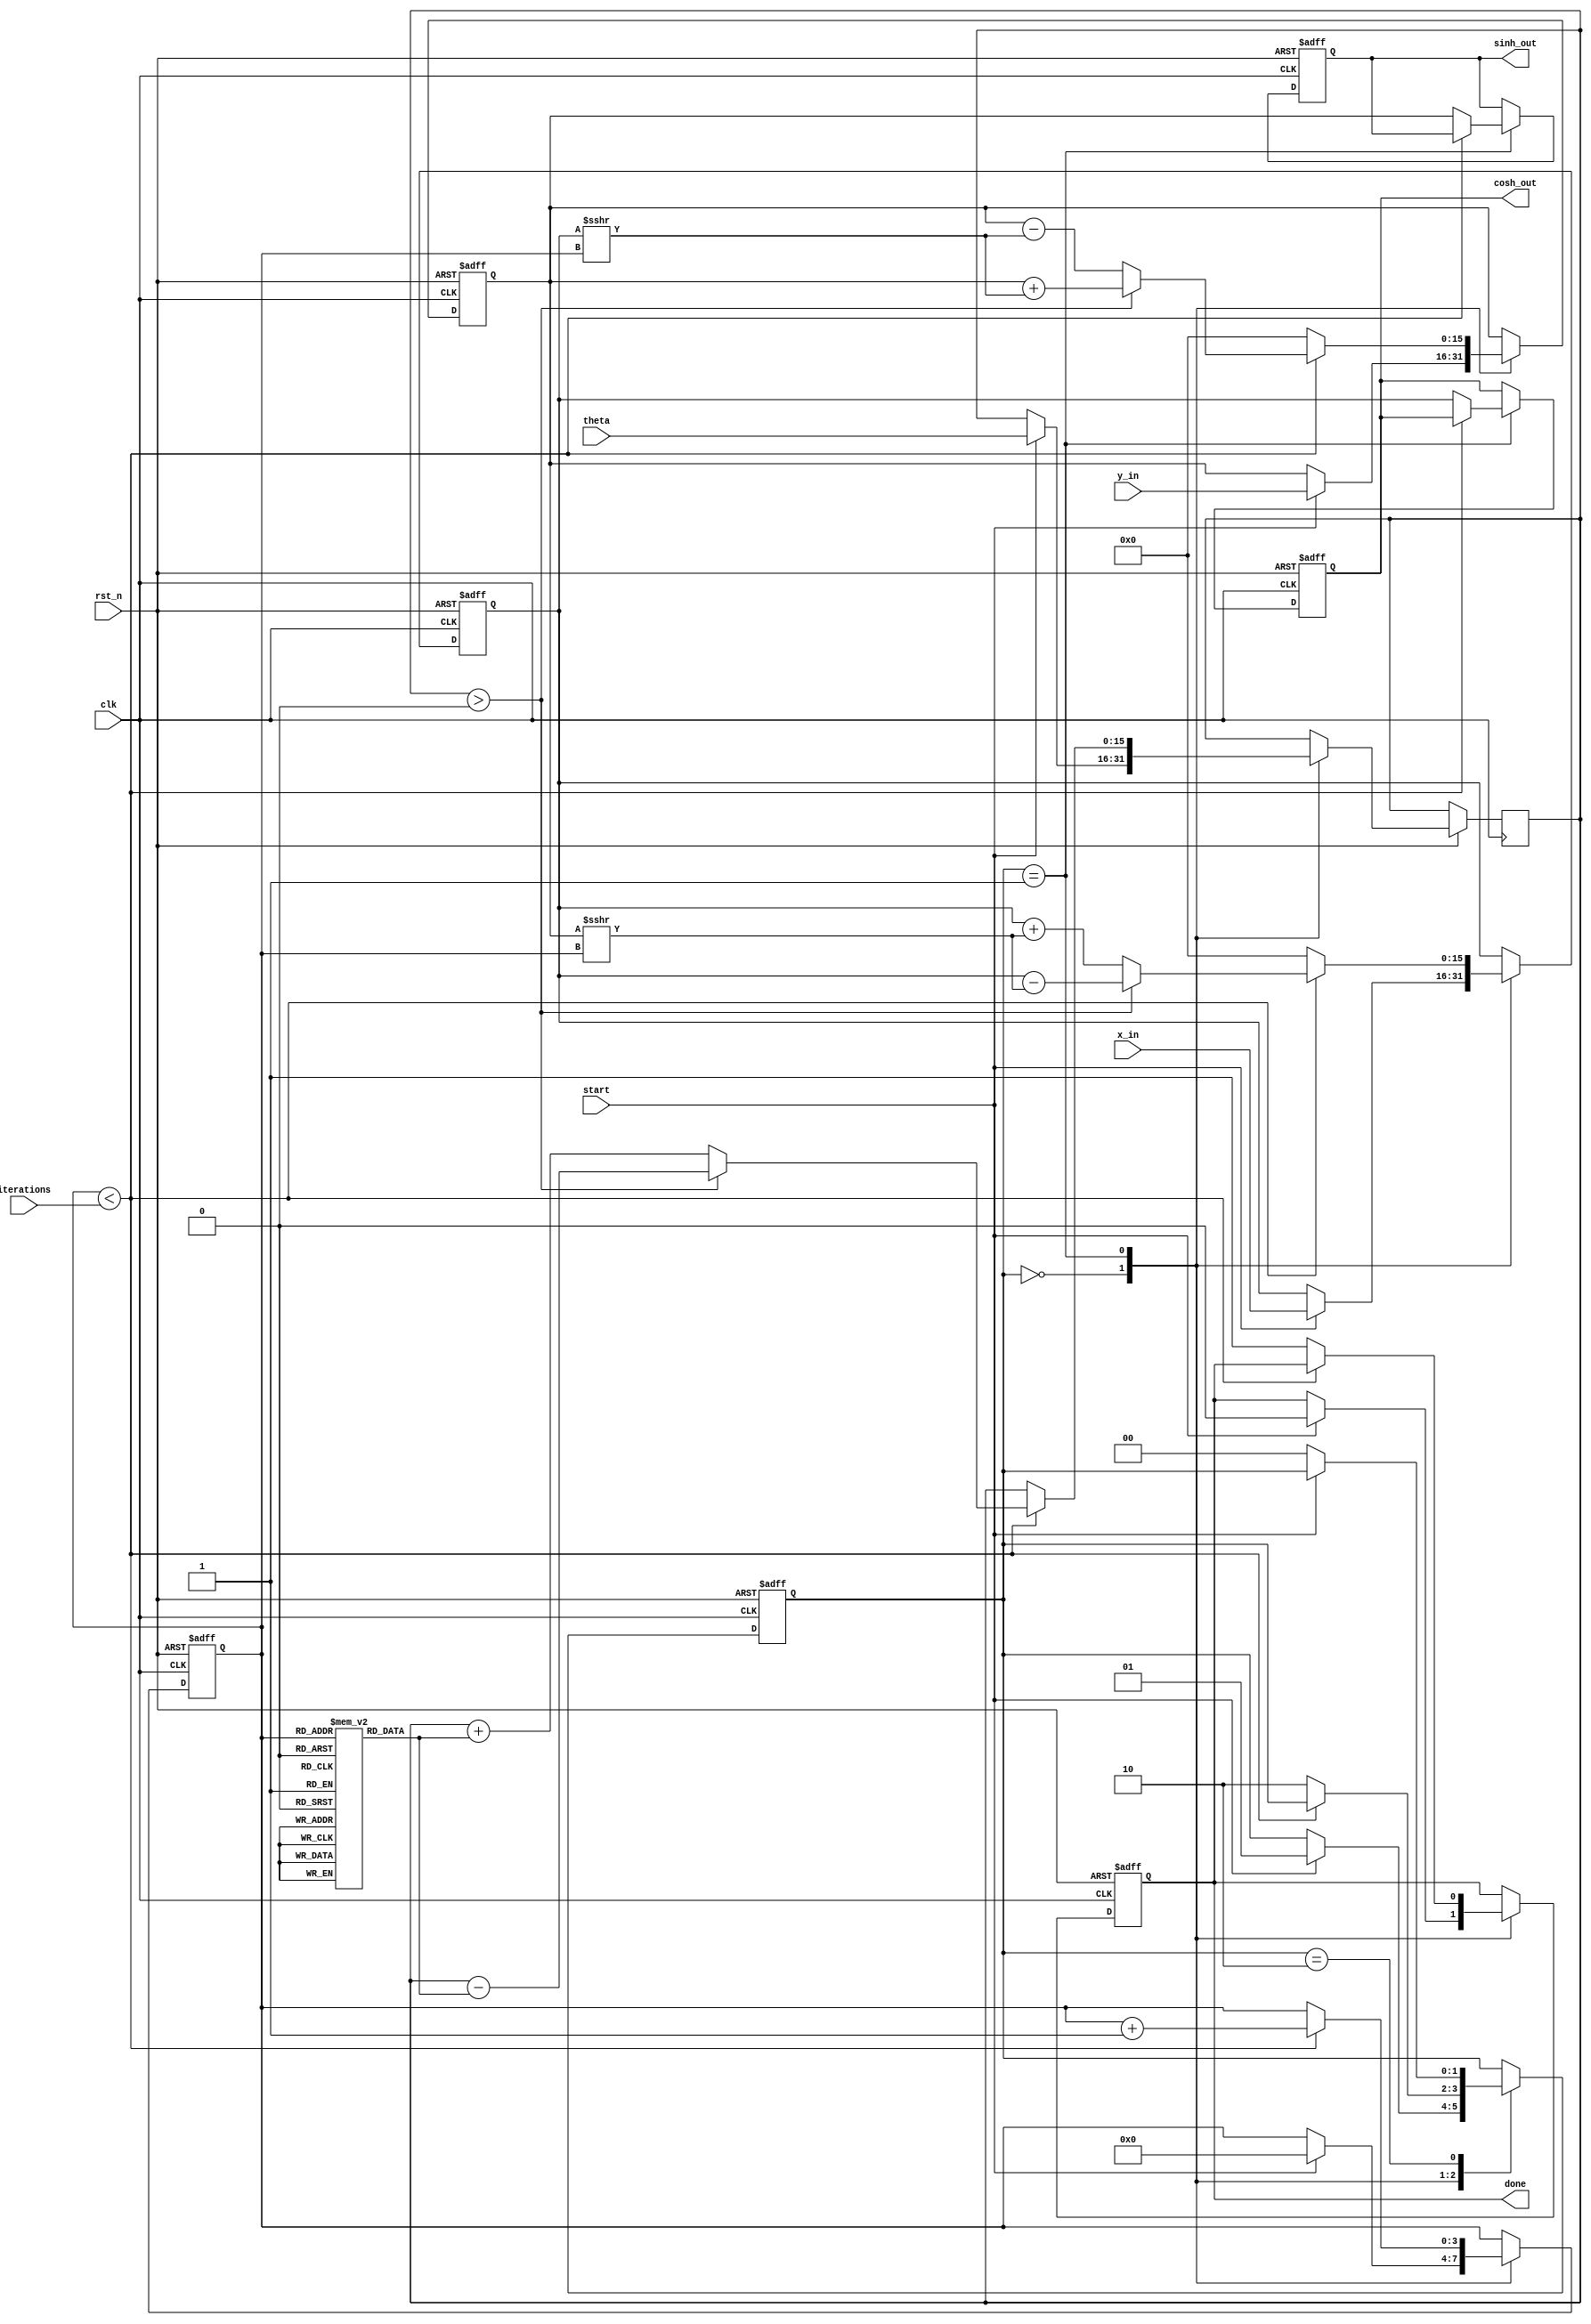
module hyperbolic_cordic (
    input wire clk,
    input wire rst_n,
    input wire start,
    input wire [15:0] theta, // Angle input in fixed-point representation
    input wire [15:0] x_in,  // Initial x value
    input wire [15:0] y_in,  // Initial y value
    input wire [3:0] iterations, // Number of iterations
    output reg [15:0] sinh_out, // Output for sinh
    output reg [15:0] cosh_out, // Output for cosh
    output reg done // Signal to indicate completion
);

    // Internal signals
    reg [15:0] x, y;
    reg [3:0] count;
    reg [15:0] angle;
    reg [15:0] scaling_factor;
    reg [1:0] state;

    // CORDIC scaling factor (for hyperbolic functions)
    parameter SCALING_FACTOR = 16'hB2D4; // Approximate value for scaling factor (1/sqrt(2))

    // State encoding
    localparam IDLE = 2'b00;
    localparam RUN  = 2'b01;
    localparam DONE = 2'b10;

    // Hyperbolic angle lookup table (atanh values)
    reg [15:0] atanh_lut [0:15]; // Lookup table for atanhs
    initial begin
        // Populate the lookup table with precomputed values
        atanh_lut[0] = 16'h0000; // atanh(0)
        atanh_lut[1] = 16'h0001; // atanh(1)
        atanh_lut[2] = 16'h0002; // atanh(2)
        atanh_lut[3] = 16'h0003; // atanh(3)
        // Add more values as needed...
        atanh_lut[15] = 16'h000F; // atanh(15)
    end

    // State machine for CORDIC operation
    always @(posedge clk or negedge rst_n) begin
        if (!rst_n) begin
            state <= IDLE;
            done <= 0;
            count <= 0;
            x <= 0;
            y <= 0;
            sinh_out <= 0;
            cosh_out <= 0;
        end else begin
            case (state)
                IDLE: begin
                    if (start) begin
                        x <= x_in;
                        y <= y_in;
                        angle <= theta;
                        count <= 0;
                        done <= 0;
                        state <= RUN;
                    end
                end
                RUN: begin
                    if (count < iterations) begin
                        // Perform hyperbolic rotation
                        if (angle > 0) begin
                            x <= x - (y >>> count); // x' = x - y * ^k
                            y <= y + (x >>> count); // y' = y + x * ^k
                            angle <= angle - atanh_lut[count]; // Update angle
                        end else begin
                            x <= x + (y >>> count); // x' = x + y * ^k
                            y <= y - (x >>> count); // y' = y - x * ^k
                            angle <= angle + atanh_lut[count]; // Update angle
                        end
                        count <= count + 1;
                    end else begin
                        // Apply scaling factor
                        x <= (x * SCALING_FACTOR) >>> 16; // Scale x
                        y <= (y * SCALING_FACTOR) >>> 16; // Scale y
                        sinh_out <= y; // Output for sinh
                        cosh_out <= x; // Output for cosh
                        done <= 1;
                        state <= DONE;
                    end
                end
                DONE: begin
                    if (!start) begin
                        state <= IDLE; // Reset state
                    end
                end
            endcase
        end
    end

endmodule